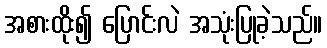
အစားထိုး၍ ပြောင်းလဲ အသုံးပြုခဲ့သည်။